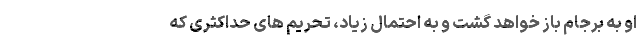
او به برجام باز خواهد گشت و به احتمال زیاد، تحریم های حداکثری که